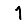
Digit: 1